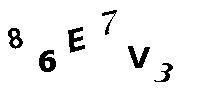
86E7V3